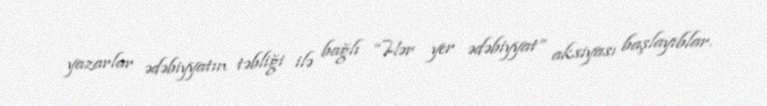
yazarlar ədəbiyyatın təbliği ilə bağlı “Hər yer ədəbiyyat” aksiyası başlayıblar.